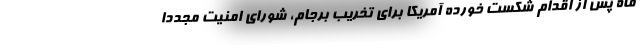
ماه پس از اقدام شکست خورده آمریکا برای تخریب برجام، شورای امنیت مجدداً